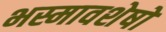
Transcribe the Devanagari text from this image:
भस्मावशेषों